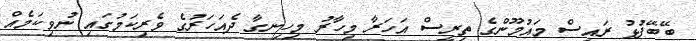
ބޭބޭފުޅު ރައީސް މައުމޫންގެ ތިރީސް އަހަރާ މިހާރު މިހިނގާ ދެއަހަރުގެ ވެރިކަމުގައި ނުވިކަމެއް